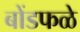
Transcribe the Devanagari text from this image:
बोंडफळे